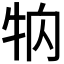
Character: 𤘻